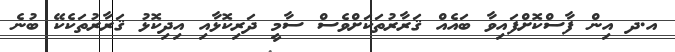
އ.ދ އިން ފާސްކޮށްފައިވާ ބައެއް ޤަރާރުތަކަށްވެސް ސާމީ ދަރިކޮޅާއި އިދިކޮޅު ޤަރާރުތަކެކޭ ބުނެ